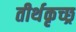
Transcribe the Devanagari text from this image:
तीर्थकृच्छ्र